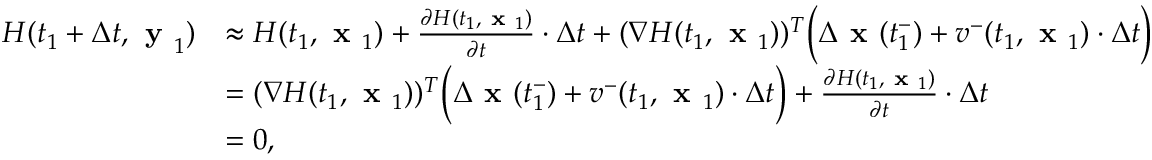
\begin{array} { r l } { H ( t _ { 1 } + \Delta t , \textbf { y } _ { 1 } ) } & { \approx H ( t _ { 1 } , \textbf { x } _ { 1 } ) + \frac { \partial H ( t _ { 1 } , \textbf { x } _ { 1 } ) } { \partial t } \cdot \Delta t + ( \nabla H ( t _ { 1 } , \textbf { x } _ { 1 } ) ) ^ { T } \Big ( \Delta \textbf { x } ( t _ { 1 } ^ { - } ) + v ^ { - } ( t _ { 1 } , \textbf { x } _ { 1 } ) \cdot \Delta t \Big ) } \\ & { = ( \nabla H ( t _ { 1 } , \textbf { x } _ { 1 } ) ) ^ { T } \Big ( \Delta \textbf { x } ( t _ { 1 } ^ { - } ) + v ^ { - } ( t _ { 1 } , \textbf { x } _ { 1 } ) \cdot \Delta t \Big ) + \frac { \partial H ( t _ { 1 } , \textbf { x } _ { 1 } ) } { \partial t } \cdot \Delta t } \\ & { = 0 , } \end{array}